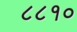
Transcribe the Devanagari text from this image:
८८१०